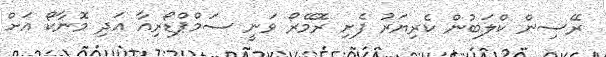
ރޭސިން ކްލަބުން ކެރިޔަރު ފެށި ރޮމޭރޯ ވަނީ ސަމްޕްޑޯރިއާ އަދި މޮނާކޯ އަށް